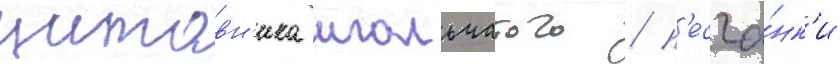
щитовн'ика игольчатого / п'есча́нк'и